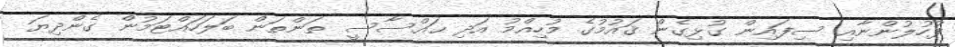
ފުހުލުންނާއި ސިފައިން ގުޅިގެން ޤައުމުގެ މުހިއްމު އަދި ޙައްސާސީ ތަންތަން ބަލަހައްޓަމުން ގެންދިޔަ